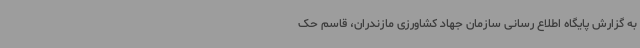
به گزارش پایگاه اطلاع رسانی سازمان جهاد کشاورزی مازندران، قاسم حک